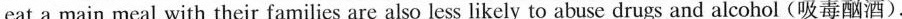
eat a main meal with their families are also less likely to abuse drugs and alcohol (吸毒酗酒).